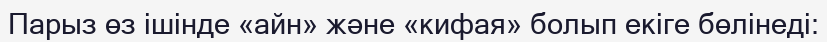
Парыз өз ішінде «айн» және «кифая» болып екіге бөлінеді: